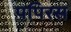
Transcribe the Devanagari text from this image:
पपिरस